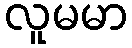
လူမမာ